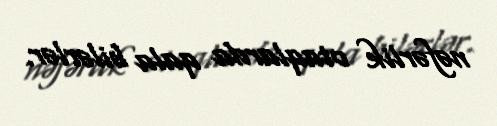
nəfərlik otaqlarda qala bilərlər.